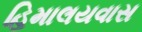
હિમાલયવાસ